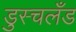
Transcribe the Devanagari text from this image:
डुस्चलँड